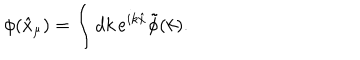
LaTeX: \phi ( \hat { x } _ { \mu } ) = \int d k \, e ^ { i k \hat { x } } \tilde { \phi } ( k ) .